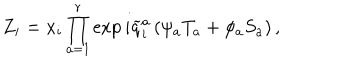
Z _ { i } = x _ { i } \prod _ { a = 1 } ^ { r } \exp i \widetilde { q } _ { i } ^ { a } \left( \psi _ { a } T _ { a } + \phi _ { a } S _ { a } \right) ,